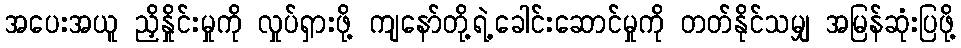
အပေးအယူ ညှိနှိုင်းမှုကို လှုပ်ရှားဖို့ ကျနော်တို့ရဲ့ခေါင်းဆောင်မှုကို တတ်နိုင်သမျှ အမြန်ဆုံးပြဖို့